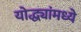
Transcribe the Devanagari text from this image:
योद्ध्यांमध्ये